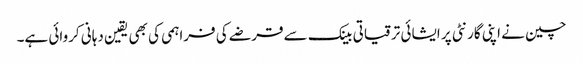
چین نے اپنی گارنٹی پر ایشائی ترقیاتی بینک سے قرضے کی فراہمی کی بھی یقین دہانی کروائی ہے۔